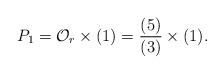
LaTeX: \begin{align*}P_{1}=\mathcal{O}_{r}\times (1)=\frac{(5)}{(3)}\times(1).\end{align*}